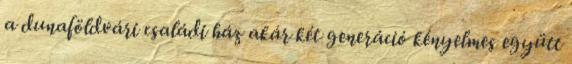
a dunaföldvári családi ház akár két generáció kényelmes együtt